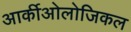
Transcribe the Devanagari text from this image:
आर्कीओलोजिकल